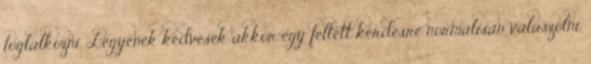
foglalkozni. Legyenek kedvesek akkor egy feltett kérdésre normálisan válaszolni.